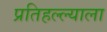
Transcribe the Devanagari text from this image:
प्रतिहल्ल्याला